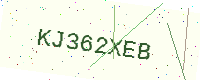
Text: KJ362XEB